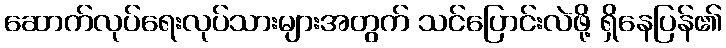
ဆောက်လုပ်ရေးလုပ်သားများအတွက် သင်ပြောင်းလဲဖို့ ရှိနေပြန်၏